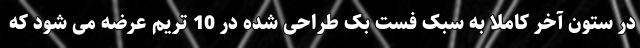
در ستون آخر کاملا به سبک فست بک طراحی شده در 10 تریم عرضه می شود که